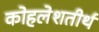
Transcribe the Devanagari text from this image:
कोहलेशतीर्थ